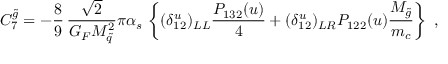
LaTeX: C _ { 7 } ^ { \tilde { g } } = - \frac { 8 } { 9 } \, \frac { \sqrt 2 } { G _ { F } M _ { \tilde { q } } ^ { 2 } } \pi \alpha _ { s } \, \left\{ ( \delta _ { 1 2 } ^ { u } ) _ { L L } \frac { P _ { 1 3 2 } ( u ) } { 4 } + ( \delta _ { 1 2 } ^ { u } ) _ { L R } P _ { 1 2 2 } ( u ) \frac { M _ { \tilde { g } } } { m _ { c } } \right\} ~ ,